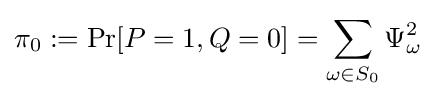
\pi _{0}:={\text{Pr}}[P=1,Q=0]=\sum _{\omega \in S_{0}}\Psi _{\omega }^{2}